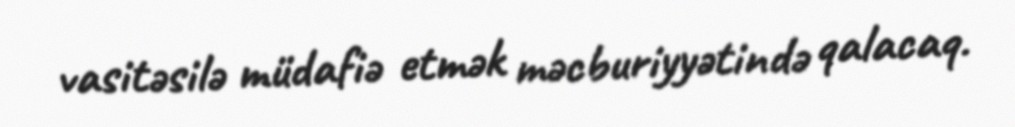
vasitəsilə müdafiə etmək məcburiyyətində qalacaq.